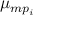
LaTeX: \mu _ { m p _ { i } }